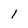
Character: I